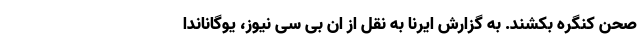
صحن کنگره بکشند. به گزارش ایرنا به نقل از ان بی سی نیوز، یوگاناندا